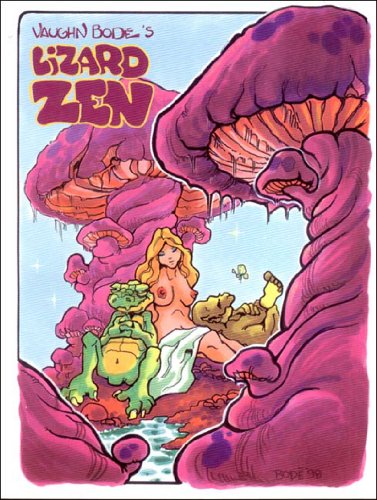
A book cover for Lizard Zen; Vaughn Bode; Comics & Graphic Novels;